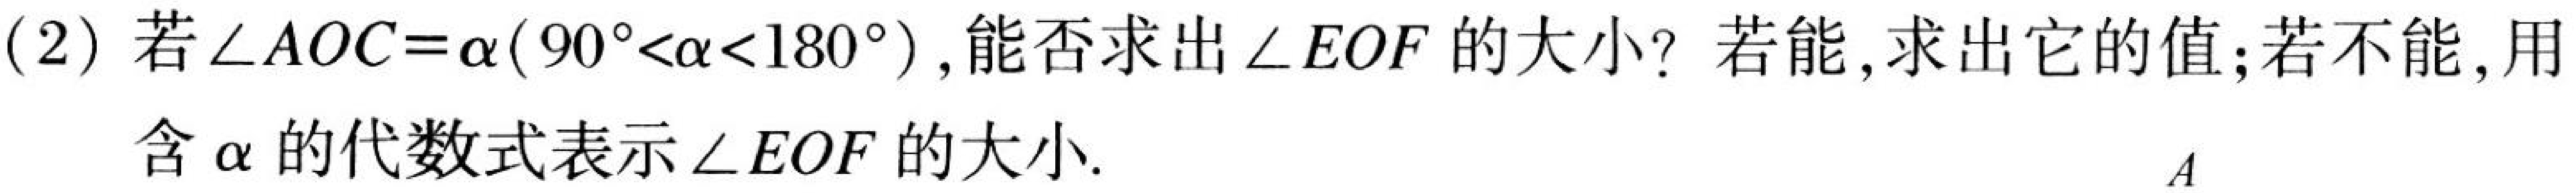
(2) 若\(\angle AOC = \alpha(90^{\circ}<\alpha<180^{\circ})\)，能否求出\(\angle EOF\)的大小？若能，求出它的值；若不能，用含\(\alpha\)的代数式表示\(\angle EOF\)的大小.